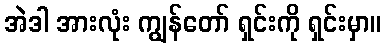
အဲဒါ အားလုံး ကျွန်တော် ရှင်းကို ရှင်းမှာ။